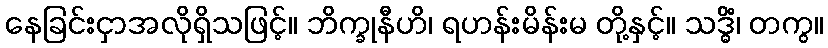
နေခြင်းငှာအလိုရှိသဖြင့်။ ဘိက္ခုနီဟိ၊ ရဟန်းမိန်းမ တို့နှင့်။ သဒ္ဓိံ၊ တကွ။